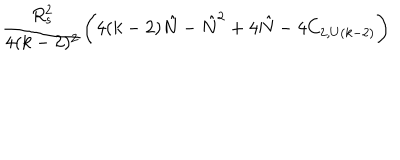
LaTeX: { \frac { R _ { s } ^ { 2 } } { 4 ( k - 2 ) ^ { 2 } } } \biggl ( 4 ( k - 2 ) { \hat { N } } - { \hat { N } } ^ { 2 } + 4 { \hat { N } } - 4 C _ { 2 , U ( k - 2 ) } \biggr )